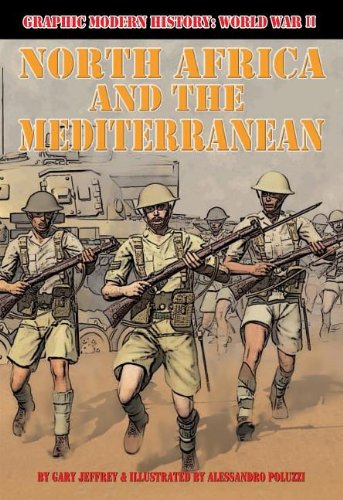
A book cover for North Africa and the Mediterranean (Graphic Modern History: World War II (Crabtree)); Gary Jeffrey; Children's Books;